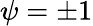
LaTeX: \psi=\pm 1